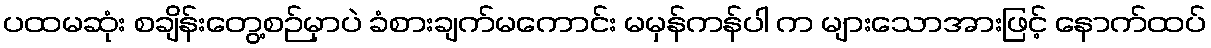
ပထမဆုံး စချိန်းတွေ့စဉ်မှာပဲ ခံစားချက်မကောင်း မမှန်ကန်ပါ က များသောအားဖြင့် နောက်ထပ်